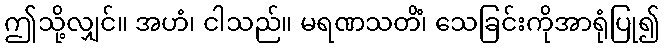
ဤသို့လျှင်။ အဟံ၊ ငါသည်။ မရဏသတိံ၊ သေခြင်းကိုအာရုံပြု၍